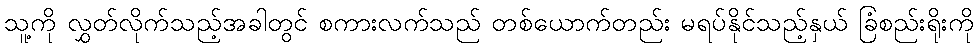
သူ့ကို လွှတ်လိုက်သည့်အခါတွင် စကားလက်သည် တစ်ယောက်တည်း မရပ်နိုင်သည့်နှယ် ခြံစည်းရိုးကို